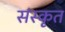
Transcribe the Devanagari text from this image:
संंस्कृृत